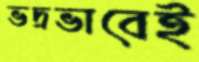
ভদ্রভাবেই